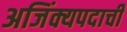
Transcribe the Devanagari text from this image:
अजिंक्यपदाची